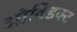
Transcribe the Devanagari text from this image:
ओविडक्ट